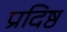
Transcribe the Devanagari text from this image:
प्रदिष्ठ